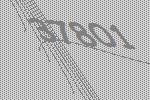
37801